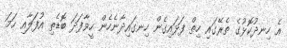
އެ ހިނދުކޮޅުގެ ތެރޭގައި ހިތް ފަޅައިގެން ހިނގައިދާނެހެން ހީވާފަދަ ބޮޑެތި އުފަލާއި ހަމަ